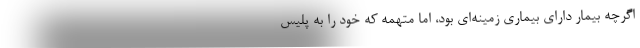
اگرچه بیمار دارای بیماری زمینه‌ای بود، اما متهمه که خود را به پلیس